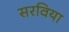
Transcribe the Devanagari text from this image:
सरविया